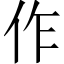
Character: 作